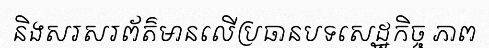
និងសរសរព័ត៌មានលើប្រធានបទសេដ្ឋកិច្ច ភាព